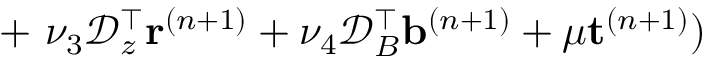
+ \, \, \nu _ { 3 } \mathcal { D } _ { z } ^ { \top } { \mathbf { r } } ^ { ( n + 1 ) } + \nu _ { 4 } \mathcal { D } _ { B } ^ { \top } { \mathbf { b } } ^ { ( n + 1 ) } + \mu \mathbf { t } ^ { ( n + 1 ) } )